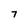
Character: 7